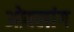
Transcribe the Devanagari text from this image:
ओबलांग